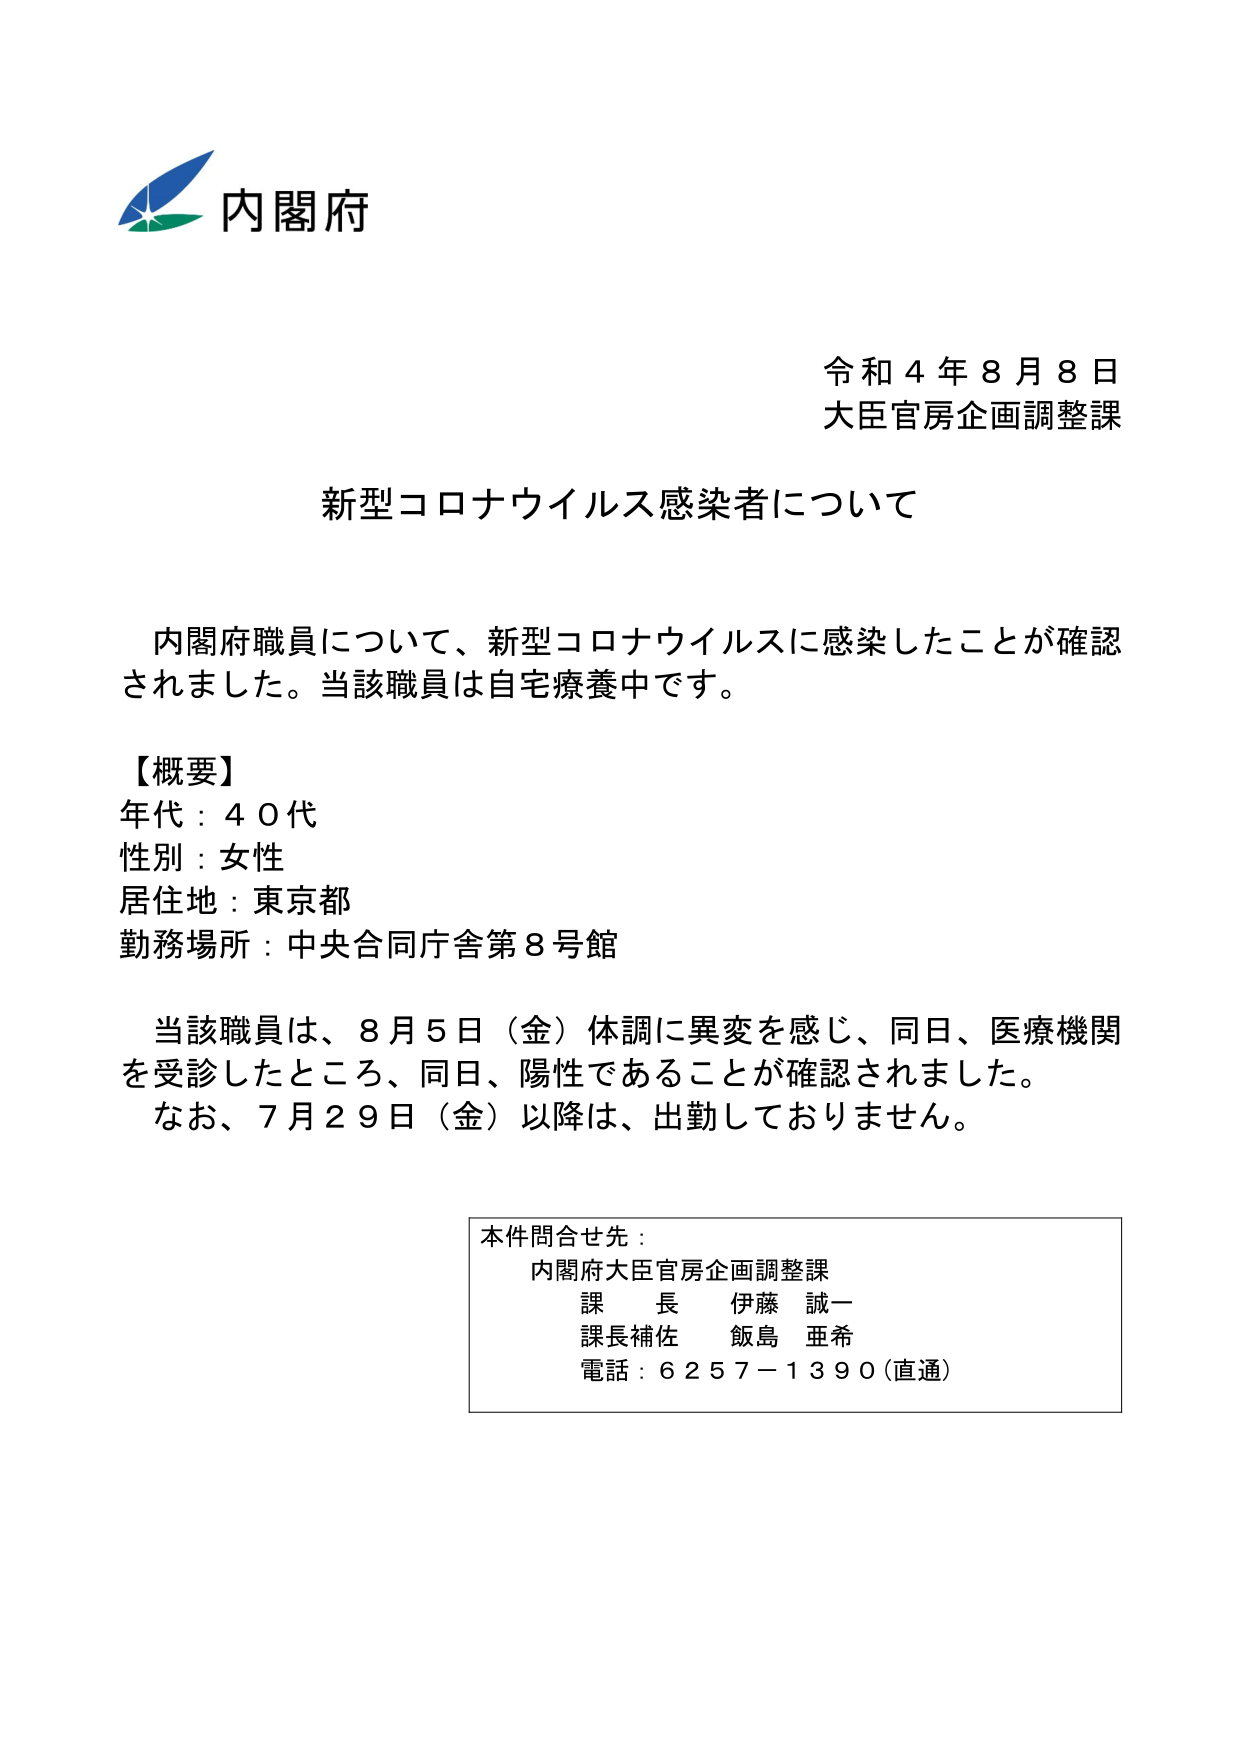
内閣府
令和４年８月８日
大臣官房企画調整課
新型コロナウイルス感染者について

内閣府職員について、新型コロナウイルスに感染したことが確認されました。当該職員は自宅療養中です。

【概要】
年代：４０代
性別：女性
居住地：東京都
勤務場所：中央合同庁舎第８号館

当該職員は、８月５日（金）体調に異変を感じ、同日、医療機関を受診したところ、同日、陽性であることが確認されました。
なお、７月２９日（金）以降は、出勤しておりません。

本件問合せ先：
内閣府大臣官房企画調整課
課長 伊藤 誠一
課長補佐 飯島 亜希
電話：６２５７－１３９０（直通）